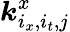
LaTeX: \boldsymbol{k}_{i_{x},i_{t},j}^{x}